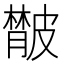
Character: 𦡨